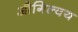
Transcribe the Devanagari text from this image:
औगिल्वय